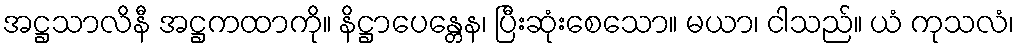
အဋ္ဌသာလိနီ အဋ္ဌကထာကို။ နိဋ္ဌာပေန္တေန၊ ပြီးဆုံးစေသော။ မယာ၊ ငါသည်။ ယံ ကုသလံ၊